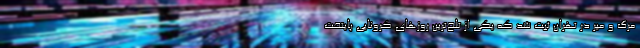
مرگ و میر در تهران ثبت شد که یکی از تلخ‌ترین روزهای کرونایی پایتخت